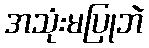
အသုံးမပြုဘဲ